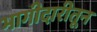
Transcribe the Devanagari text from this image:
भागीदारीतून